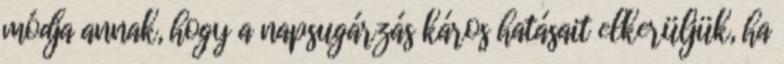
módja annak, hogy a napsugárzás káros hatásait elkerüljük, ha